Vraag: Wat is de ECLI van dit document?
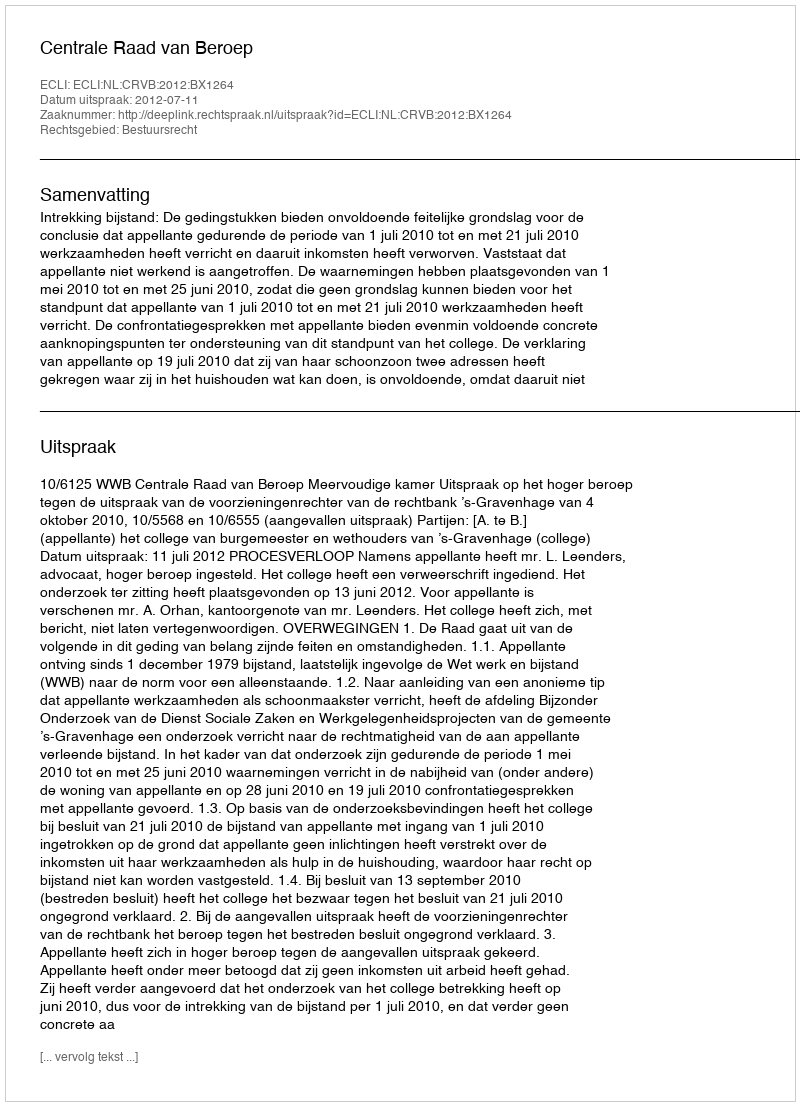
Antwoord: ECLI:NL:CRVB:2012:BX1264